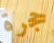
حجرة